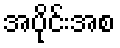
အပိုင်းအစ